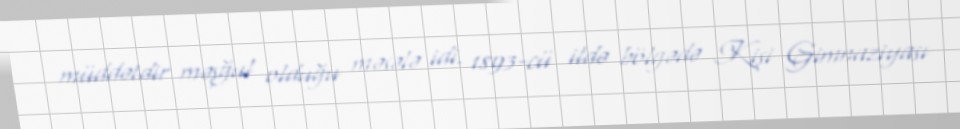
müddətdir məşğul olduğu məsələ idi. 1893-cü ildə bölgədə Kişi Gimnaziyası